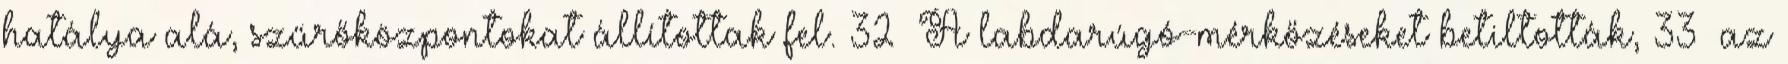
hatálya alá, szűrőközpontokat állítottak fel. 32 A labdarúgó-mérkőzéseket betiltották, 33 az